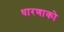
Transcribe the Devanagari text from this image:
धारणाको